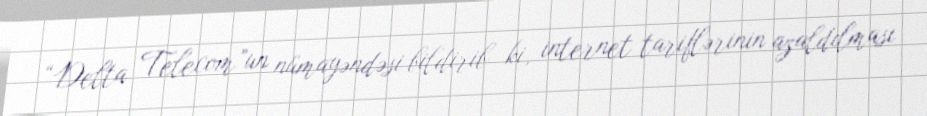
“Delta Telecom”un nümayəndəsi bildirib ki, internet tariflərinin azaldılması